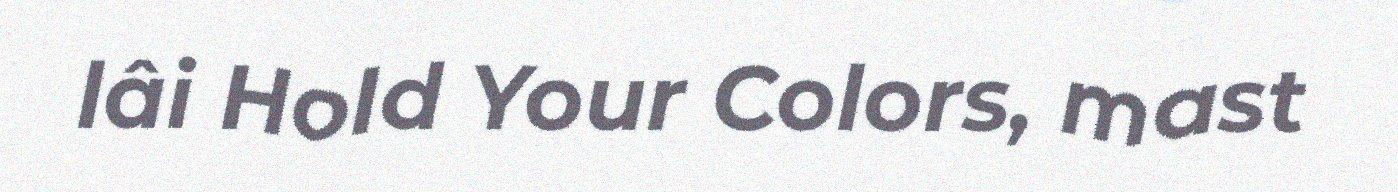
lâi Hold Your Colors, mast